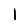
Digit: 1